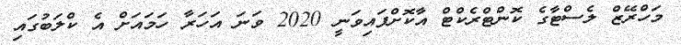
މަހްރޭޒް ލެސްޓާގެ ކޮންޓްރެކްޓް އާކޮށްފައިވަނީ 2020 ވަނަ އަހަރާ ހަމައަށް އެ ކްލަބުގައި